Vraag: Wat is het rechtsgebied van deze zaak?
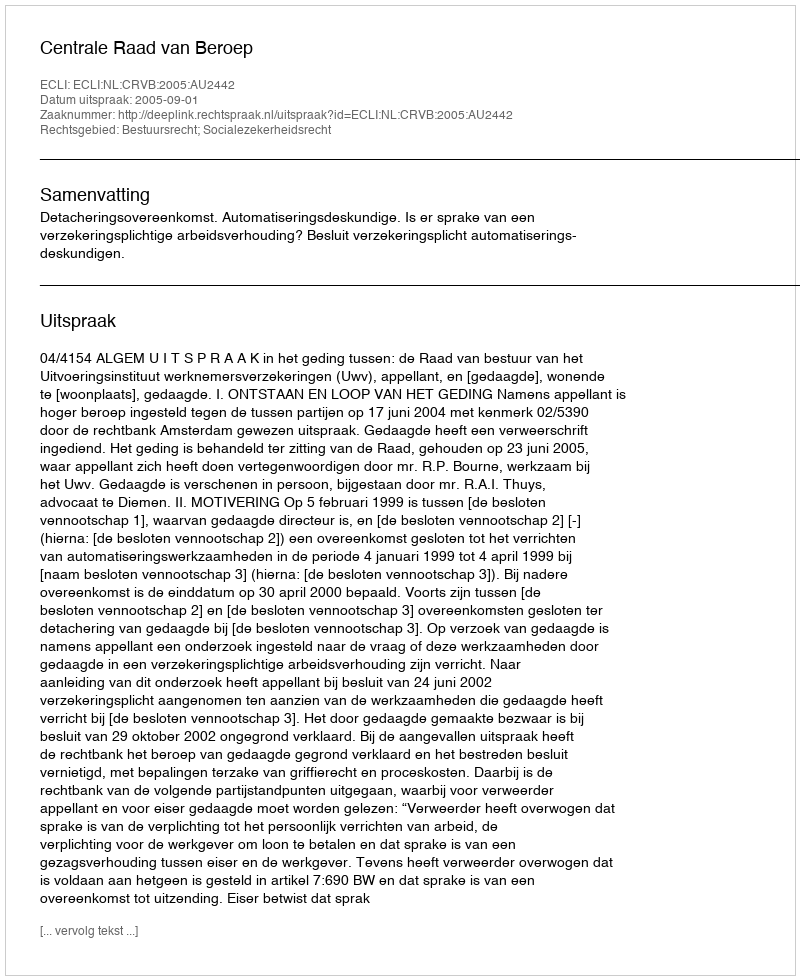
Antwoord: Bestuursrecht; Socialezekerheidsrecht